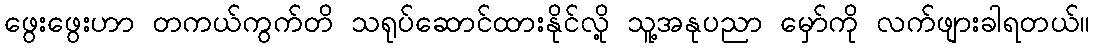
ဖွေးဖွေးဟာ တကယ်ကွက်တိ သရုပ်ဆောင်ထားနိုင်လို့ သူ့အနုပညာ မှော်ကို လက်ဖျားခါရတယ်။